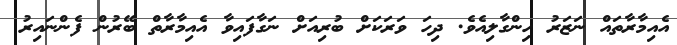
އެއިމާރާތައް ނަޒަރު ހިންގާލިއެވެ. ދިހަ ވަރަކަށް ބުރިއަށް ނަގާފައިވާ އެއިމާރާތް ބޭރުން ފެންނައިރު